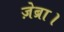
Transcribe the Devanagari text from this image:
ज़ेब्रा।